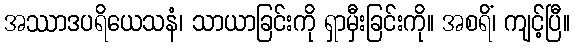
အဿာဒပရိယေသနံ၊ သာယာခြင်းကို ရှာမှီးခြင်းကို။ အစရိံ၊ ကျင့်ပြီ။